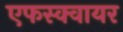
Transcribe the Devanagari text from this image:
एफस्क्वायर